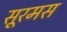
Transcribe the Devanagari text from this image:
सूरमस